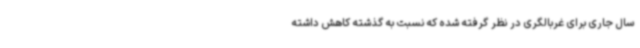
سال جاری برای غربالگری در نظر گرفته شده که نسبت به گذشته کاهش داشته